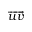
\overrightarrow { u v }